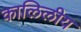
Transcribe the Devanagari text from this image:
कालिलीय